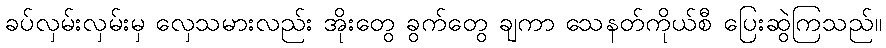
ခပ်လှမ်းလှမ်းမှ လှေသမားလည်း အိုးတွေ ခွက်တွေ ချကာ သေနတ်ကိုယ်စီ ပြေးဆွဲကြသည်။